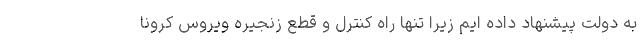
به دولت پیشنهاد داده ایم زیرا تنها راه کنترل و قطع زنجیره ویروس کرونا